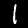
Label: 1